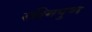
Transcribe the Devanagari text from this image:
रश्मिपुष्प